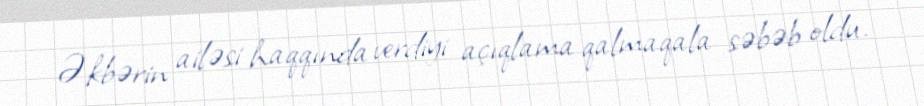
Əkbərin ailəsi haqqında verdiyi açıqlama qalmaqala səbəb oldu.